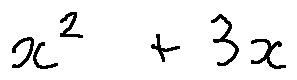
x ^ { 2 } + 3 x